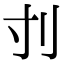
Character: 刌